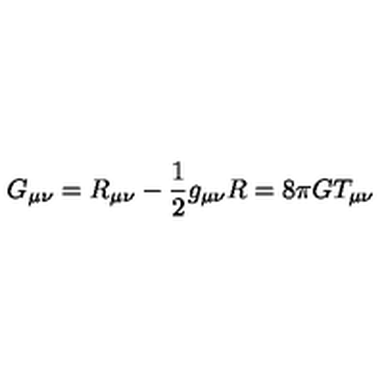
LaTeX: G _ { \mu \nu } = R _ { \mu \nu } - \frac { 1 } { 2 } g _ { \mu \nu } R = 8 \pi G T _ { \mu \nu } \